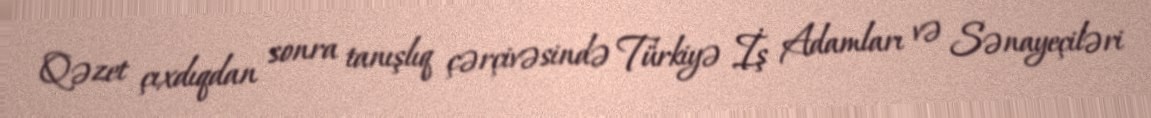
Qəzet çıxdıqdan sonra tanışlıq çərçivəsində Türkiyə İş Adamları və Sənayeçiləri